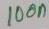
Text: 100n